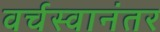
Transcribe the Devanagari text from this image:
वर्चस्वानंतर